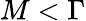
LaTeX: M<\Gamma